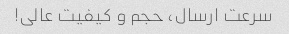
سرعت ارسال، حجم و کیفیت عالی!